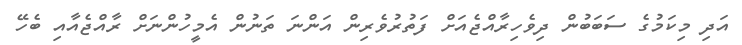
އަދި މިކަމުގެ ސަބަބުން ދިވެހިރާއްޖެއަށް ފަތުރުވެރިން އަންނަ ތަނުން އެމީހުންނަށް ރާއްޖެއާއި ބެހޭ